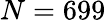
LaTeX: N=699